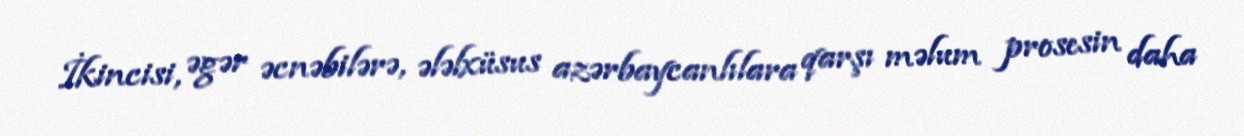
İkincisi, əgər əcnəbilərə, ələlxüsus azərbaycanlılara qarşı məlum prosesin daha